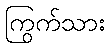
ကြွက်သား